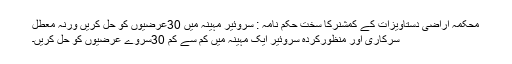
محکمہ اراضی دستاویزات کے کمشنرکا سخت حکم نامہ : سروئیر مہینہ میں 30عرضیوں کو حل کریں ورنہ معطل
سرکاری اور منظورکردہ سروئیر ایک مہینہ میں کم سے کم 30سروے عرضیوں کو حل کریں۔